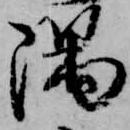
隅